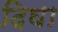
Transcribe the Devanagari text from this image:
दिघा